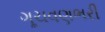
ગૂચવણભરી